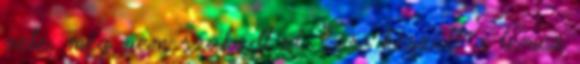
vele, még nem szakadt el. Erre készült a lemez